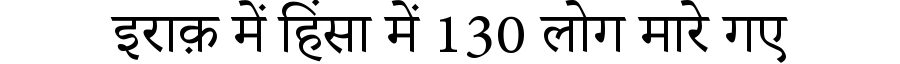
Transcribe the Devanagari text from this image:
इराक़ में हिंसा में 130 लोग मारे गए